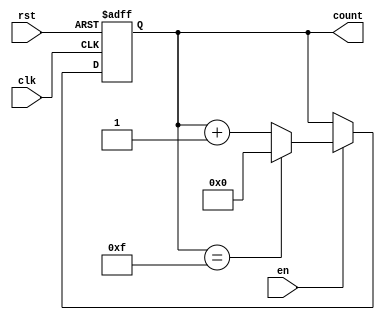
module memory_blocks_up_counter #(
    parameter WIDTH = 4,            // Bit width of the counter
    parameter INITIAL_VALUE = 0,    // Initial value of the counter
    parameter MAX_VALUE = 15         // Maximum value of the counter
)(
    input wire clk,                 // Clock signal
    input wire rst,                 // Reset signal
    input wire en,                  // Enable signal
    output reg [WIDTH-1:0] count    // Current count value
);

    // Always block for counter logic
    always @(posedge clk or posedge rst) begin
        if (rst) begin
            // Asynchronous reset to initial value
            count <= INITIAL_VALUE;
        end else if (en) begin
            // Increment the counter if enabled
            if (count == MAX_VALUE) begin
                count <= INITIAL_VALUE;  // Wrap around
            end else begin
                count <= count + 1;       // Increment
            end
        end
    end

    // Initialize count on simulation start (optional)
    initial begin
        count = INITIAL_VALUE;
    end

endmodule